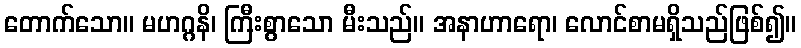
တောက်သော။ မဟဂ္ဂနိ၊ ကြီးစွာသော မီးသည်။ အနာဟာရော၊ လောင်စာမရှိသည်ဖြစ်၍။